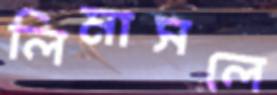
লিমাসলে